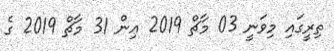
ތިރީގައި މިވަނީ 03 މާޗް 2019 އިން 31 މާޗް 2019 ގެ